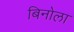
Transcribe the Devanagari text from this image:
बिनोला